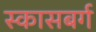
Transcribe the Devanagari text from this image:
स्कासबर्ग